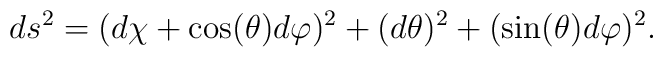
ds^{2}=(d\chi+ \cos(\theta)d\varphi)^{2}+ (d\theta)^{2} +(\sin(\theta)d\varphi)^{2}.